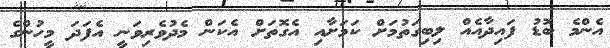
އެންމެ ބޮޑު ފައިދާއެއް ލިބިގަތުމަށް ކަމަށާއި އެގޮތަށް އެކަން މެދުވެރިވަނީ އެފަދަ މީހުންގެ